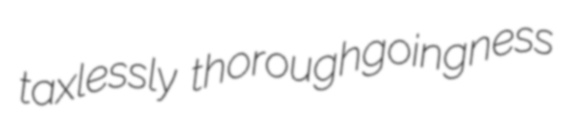
taxlessly thoroughgoingness